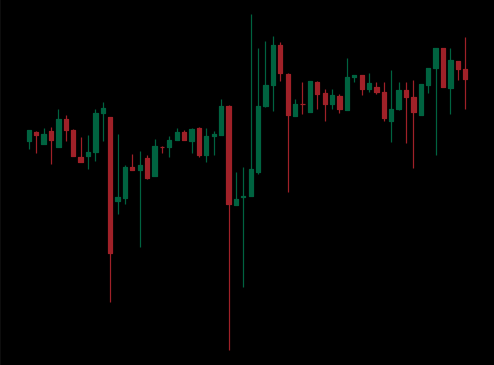
Pattern: unclassified